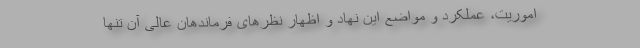
اموریت، عملکرد و مواضع این نهاد و اظهار نظرهای فرماندهان عالی آن تنها